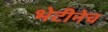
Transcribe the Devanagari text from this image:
भेटीनेच